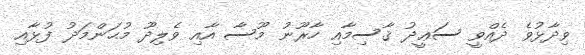
ވިދާޅުވެ ދެއްވީ ސަޢީދު ޤާސިމާއި ހާރޫނު މޫސާ އާއި ވެލިދޫ މުޙަންމަދު ފުޅާއި